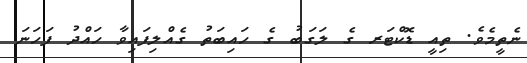
ނެތީމެވެ. ތިއީ ޑޮކްޓަރ ގެ ލަގަބު ގެ ހައިބަތު ގެއްލިފައިވާ ހައްދު ފަހަނަ